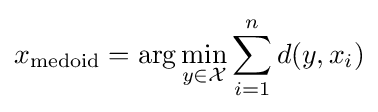
x_{\text{medoid}}=\arg \min _{y\in {\mathcal {X}}}\sum _{i=1}^{n}d(y,x_{i})